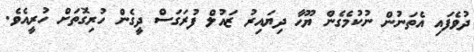
ދުވެފައި އެތަނުން ނުކުމެގެން ޔޫހާ ދިޔައިރު ޒައުލް ފުރަގަސް ދީގެން ހުރިގޮތަށް ހުރީއެވެ.